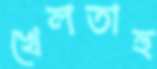
খেলতাহু